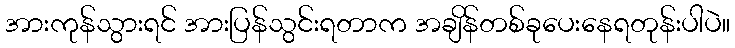
အားကုန်သွားရင် အားပြန်သွင်းရတာက အချိန်တစ်ခုပေးနေရတုန်းပါပဲ။